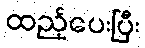
ထည့်ပေးပြီး